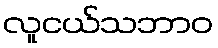
လူငယ်သဘာဝ